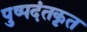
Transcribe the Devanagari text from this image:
पुष्पदंतकृत